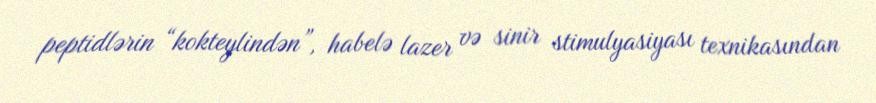
peptidlərin “kokteylindən”, habelə lazer və sinir stimulyasiyası texnikasından